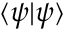
{ \langle { \psi } | { \psi } \rangle }